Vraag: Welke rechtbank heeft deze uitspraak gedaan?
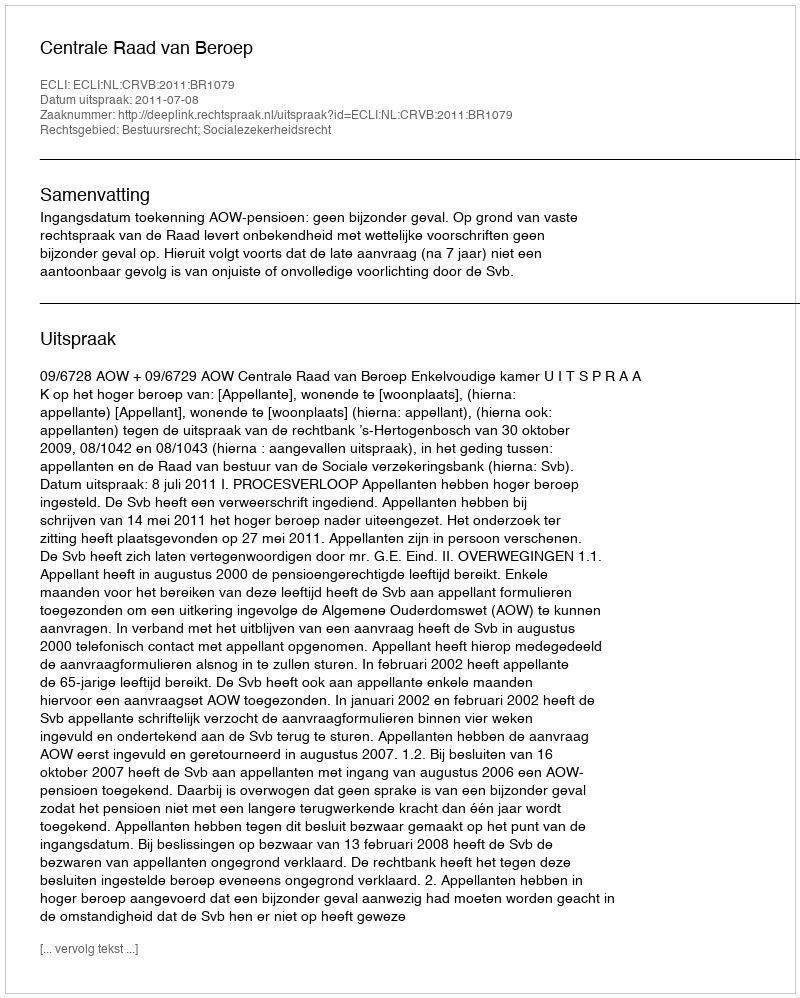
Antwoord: Centrale Raad van Beroep